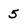
Character: 5